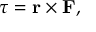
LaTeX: { \boldsymbol { \tau } } = \mathbf { r } \times \mathbf { F } ,